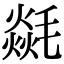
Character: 㲭